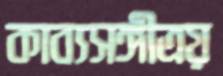
কাব্যসঙ্গীত্রয়